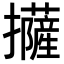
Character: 𢹵